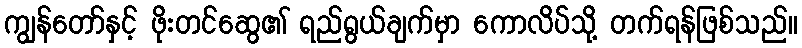
ကျွန်တော်နှင့် ဖိုးတင်ဆွေ၏ ရည်ရွယ်ချက်မှာ ကောလိပ်သို့ တက်ရန်ဖြစ်သည်။